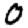
Digit: 0